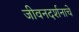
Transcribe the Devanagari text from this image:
जीवनदर्शनाचे